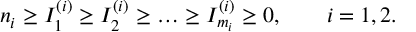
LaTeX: n _ { i } \ge I _ { 1 } ^ { ( i ) } \ge I _ { 2 } ^ { ( i ) } \ge \dots \ge I _ { m _ { i } } ^ { ( i ) } \ge 0 , \qquad i = 1 , 2 .